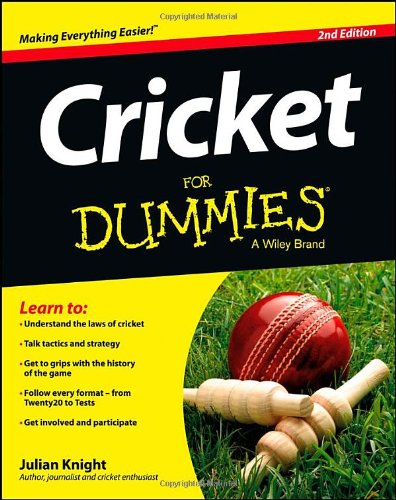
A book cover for Cricket For Dummies; Julian Knight; Sports & Outdoors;